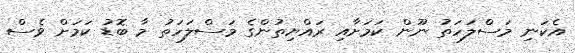
އެކަނި މަސްލަހަތު ނޫން ކަމަށާއި ރައްޔިތުންގެ މަސްލަހަތު މާ ބޮޑު ކަމަށް ވެސް